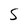
Character: S